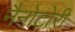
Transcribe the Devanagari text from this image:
नैनोटोरी